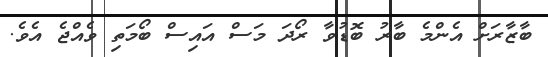
ބާޒާރަށް އެންމެ ބާރު ބޮޑުވާ ރޯދަ މަސް އައިސް ބޯމަތި ވެއްޖެ އެވެ.